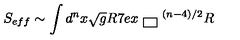
S _ { e f f } \sim \int d ^ { n } x \sqrt { g } R \raisebox { . 7 e x } { \fbox { } } ^ { ( n - 4 ) / 2 } R